Bombay plague: being a history of the progress of plague in the Bombay presidency from September 1896 to June 1899
Year: 1896
Disease focus: Plague
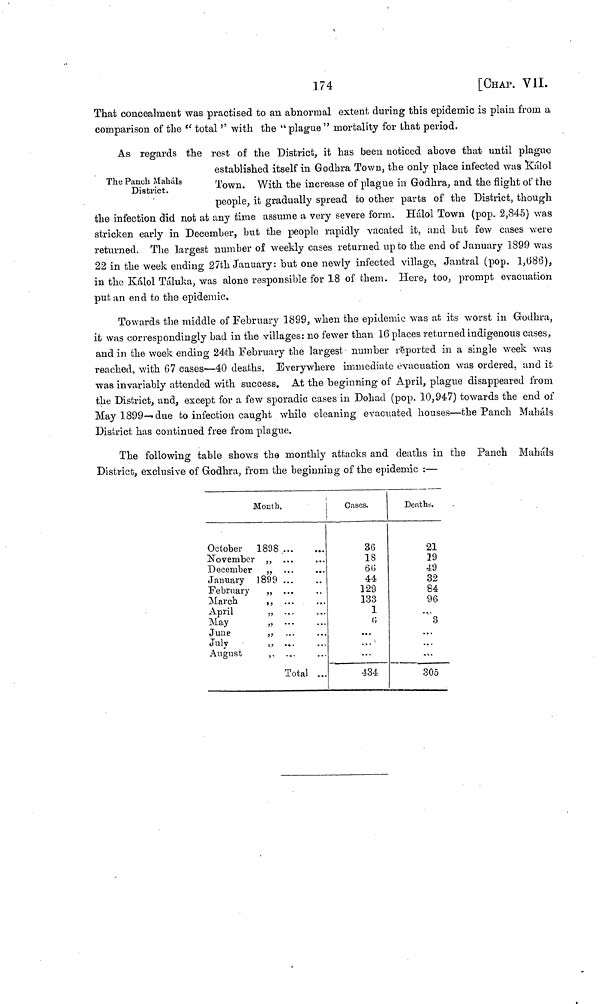
174
[CHAP. VIL
That concealment was practised to an abnormal extent during this epidemic is plain from a
comparison of the " total '' with the " plague " mortality for that period.
The Panch Mahals
District.
As regards the rest of the District, it has been noticed above that until plague
established itself in Godhra Town, the only place infected was Kálol
Town. With the increase of plague in Godhra, and the flight of the
people, it gradually spread to other parts of the District, though
the infection did not at any time assume a very severe form. Hálol Town (pop. 2,84 . 5) was
stricken early in December, but the people rapidly vacated it, and but few cases were
returned. The largest number of weekly cases returned up to the end of January 1899 was
22 in the week ending 27th January: but one newly infected village, Jantral (pop. 1,686),
in the Kálol Táluka, was alone responsible for 18 of them. Here, too, prompt evacuation
put an end to the epidemic.
Towards the middle of February 1899, when the epidemic was at its worst in Godhra,
it was correspondingly bad in the villages: no fewer than 16 places returned indigenous cases,
and in the week ending 24th February the largest number reported in a single week was
reached, with 67 cases—40 deaths. Everywhere immediate evacuation was ordered, and it
was invariably attended with success. At the beginning of April, plague disappeared from
the District, and, except for a few sporadic cases in Dohad (pop. 10,947) towards the end of
May 1899- due to infection caught while cleaning evacuated houses—the Panch Mahals
District has continued free from plague.
The following table shows the monthly attacks and deaths in the Panch Mahals
District, exclusive of Godhra, from the beginning of the epidemic :—
Month
October
1898
November ,,
December ,,
January 1899
February ,,
March ,,
April ,,
May ,,
June ,,
July ,,
August ,,
...
...
...
...
...
Total
...
...
...
...
...
...
...
...
Cases.
36
18
6 G
44
129
133
1
6
....
...
...
434
Death«.
21
19
49
32
84
96
.....
3
...
....
305